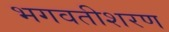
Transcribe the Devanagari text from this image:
भगवतीशरण